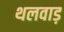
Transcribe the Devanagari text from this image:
थलवाड़